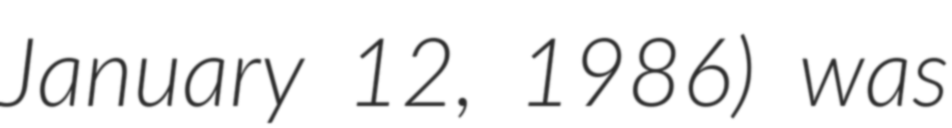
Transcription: January 12, 1986) was